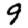
Digit: 9